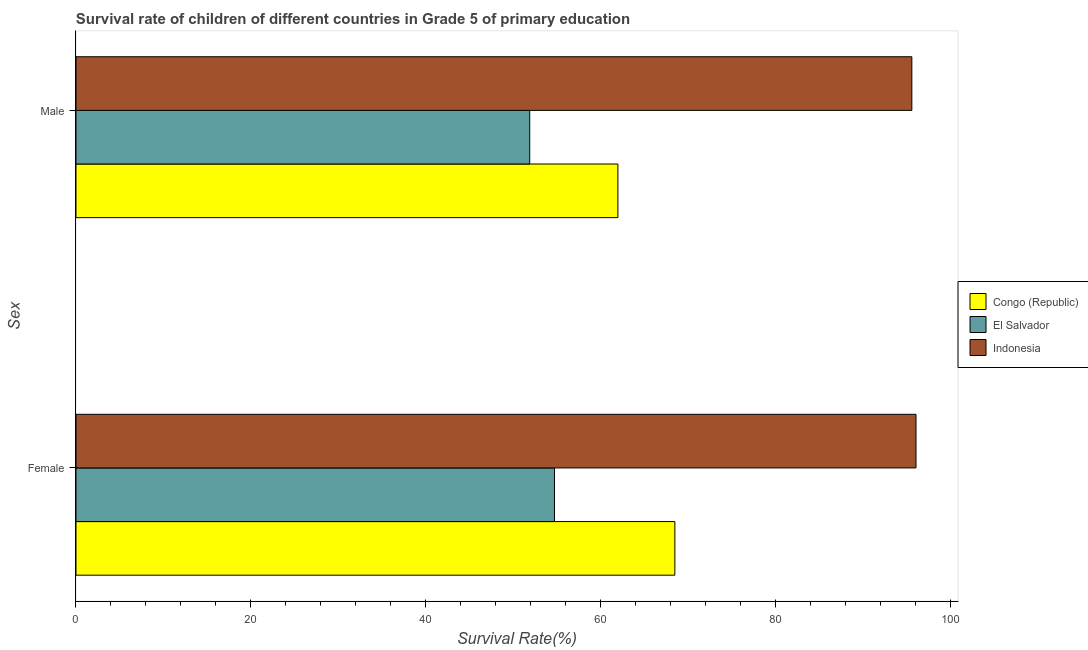
| Sex | Congo (Republic) | El Salvador | Indonesia |
 | --- | --- | --- | --- |
 | Female | 68.5 | 54.7 | 96.1 |
 | Male | 62 | 51.9 | 95.6 |